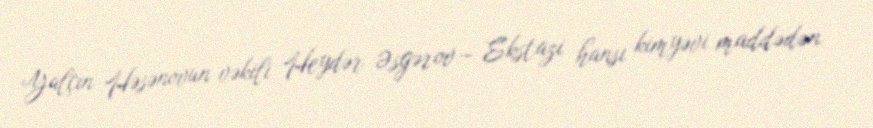
Yalçın Həsənovun vəkili Heydər Əsgərov:- Ekstazi hansı kimyəvi maddədən